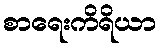
စာရေးကိရိယာ